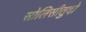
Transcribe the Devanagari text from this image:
सोलिसीतुदो